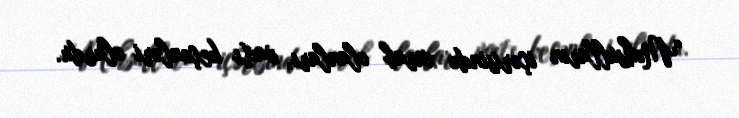
“Məhsulların içərisində xarab olanları, vaxtı keçənləri olurdu.